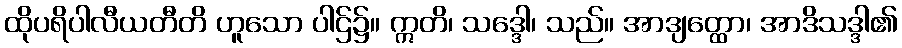
ထိုပရိပါလီယတီတိ ဟူသော ပါဌ်၌။ ဣတိ၊ သဒ္ဒေါ၊ သည်။ အာဒျတ္ထော၊ အာဒိသဒ္ဒါ၏